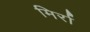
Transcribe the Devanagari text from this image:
मिर्रा